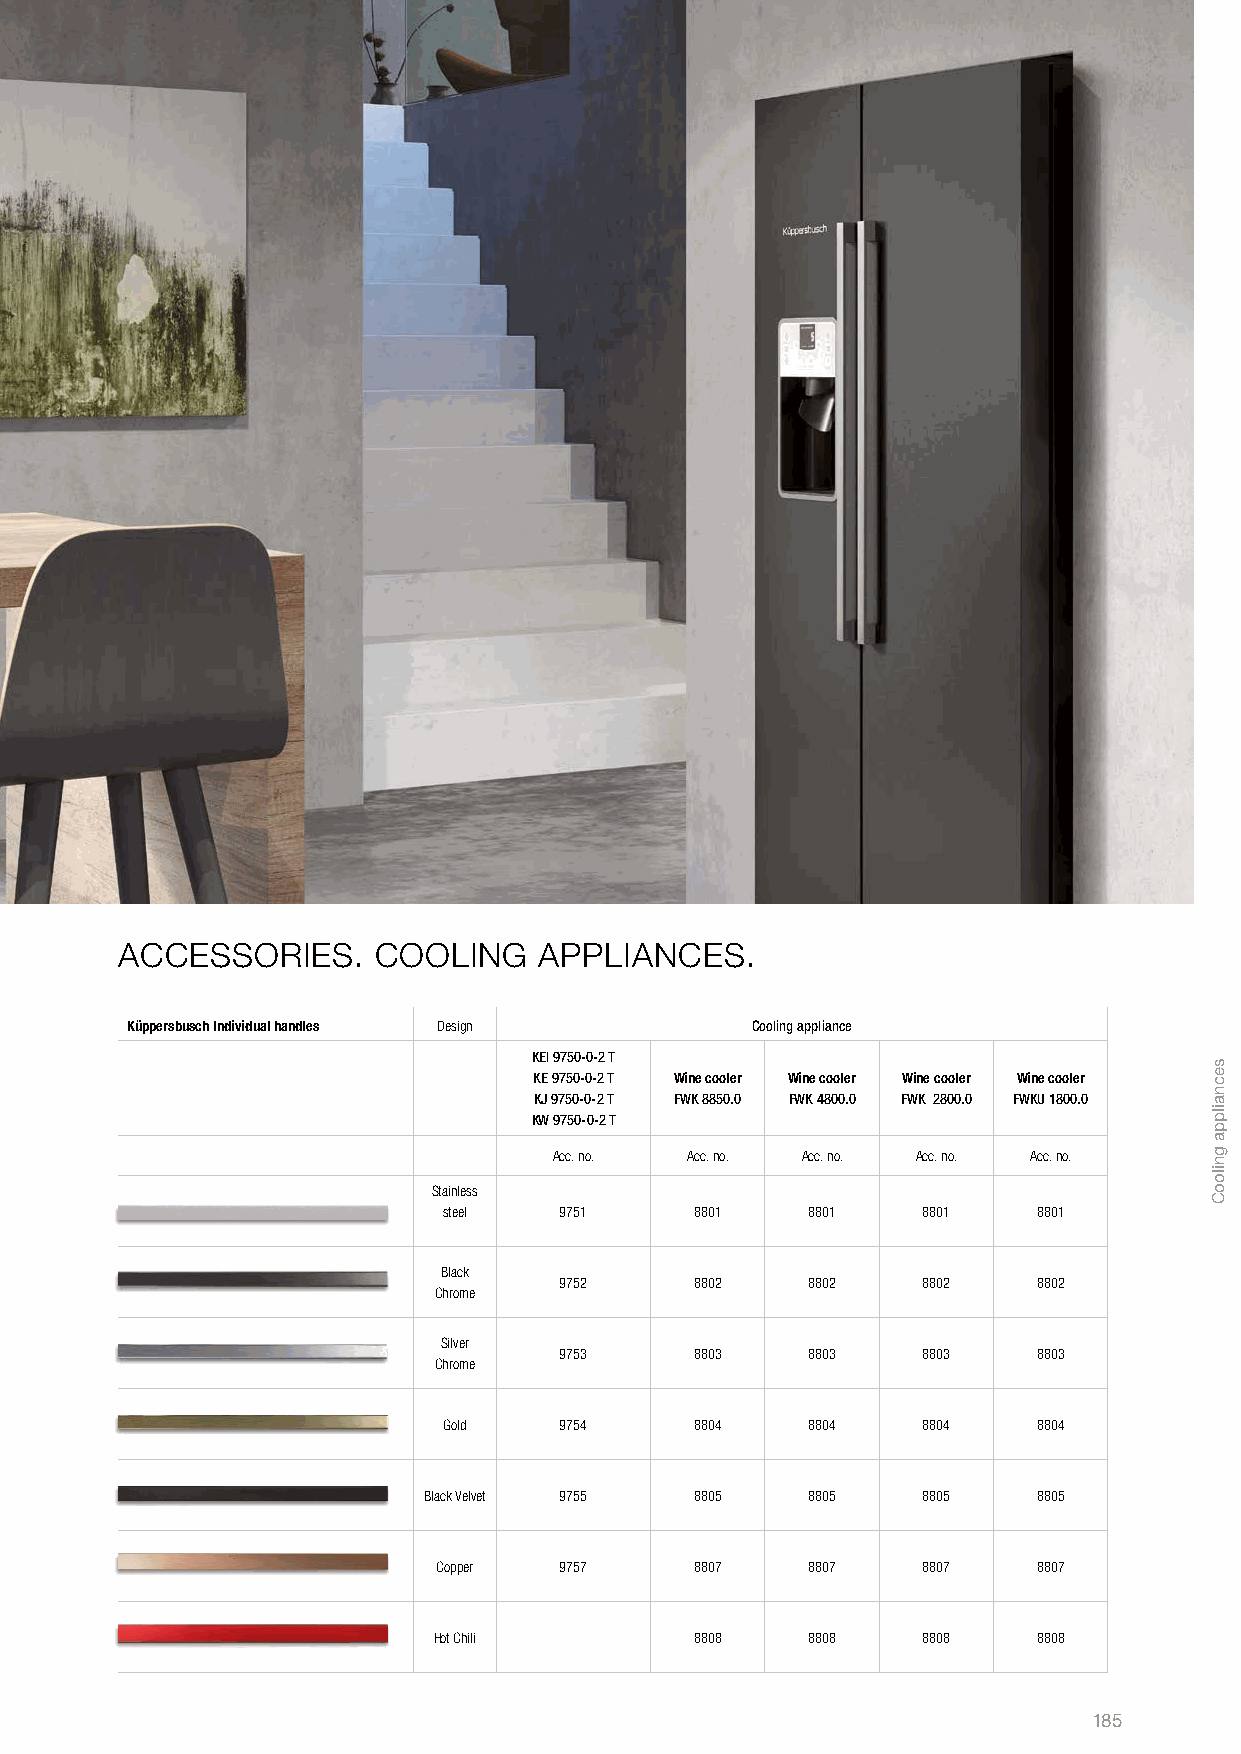
ACCESSORIES.     COOLING    APPLIANCES.
 Küppersbusch Individual handles Design    Cooling appliance
 KEI 9750-0-2 T
 KE 9750-0-2 T Wine cooler Wine cooler Wine cooler Wine cooler
 KJ 9750-0-2 T FWK 8850.0 FWK 4800.0 FWK 2800.0 FWKU 1800.0
 KW 9750-0-2 T
 Acc. no. Acc. no. Acc. no. Acc. no. Acc. no.
 Stainless
 steel   9751     8801   8801    8801    8801
 Black
 9752     8802   8802    8802    8802
 Chrome
 Silver
 9753     8803   8803    8803    8803
 Chrome
 Gold    9754     8804   8804    8804    8804
 Black Velvet 9755 8805   8805    8805    8805
 Copper  9757     8807   8807    8807    8807
 Hot Chili        8808   8808    8808    8808
 185
 secnailppa
 gnilooC